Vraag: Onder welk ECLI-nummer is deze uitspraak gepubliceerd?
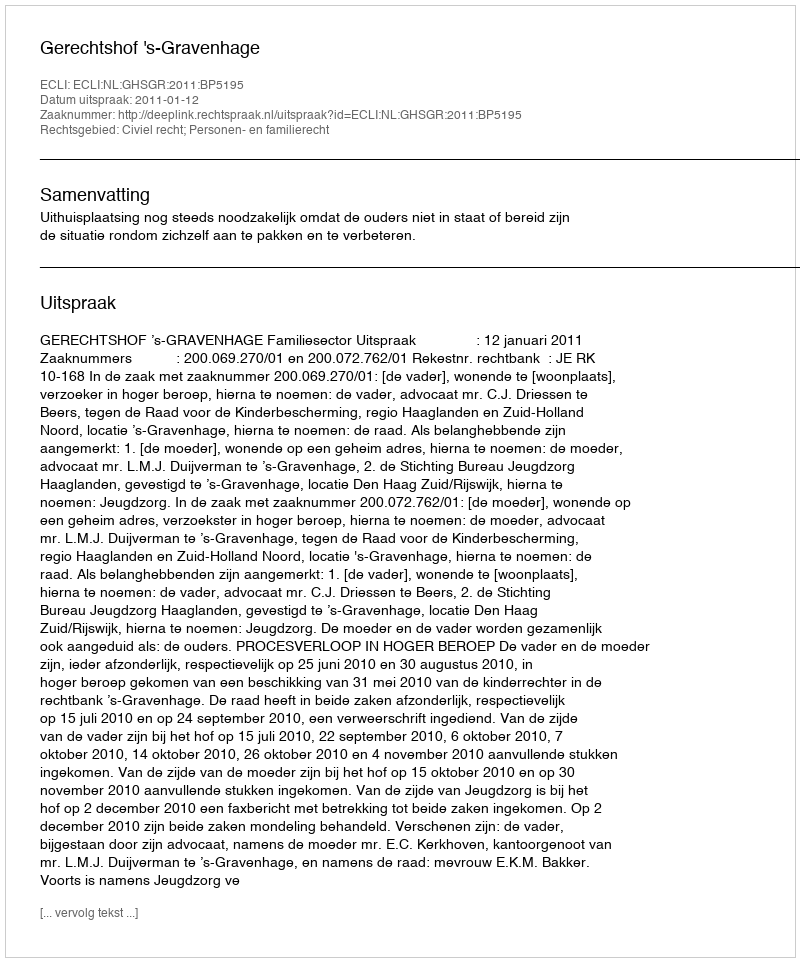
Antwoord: ECLI:NL:GHSGR:2011:BP5195